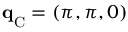
\mathbf { q } _ { \mathrm { C } } ^ { } = ( \pi , \pi , 0 )